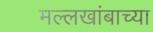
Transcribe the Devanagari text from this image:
मल्लखांबाच्या